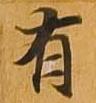
有